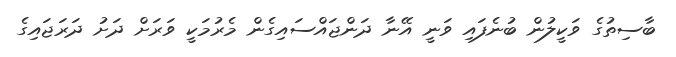
ބާސިތުގެ ވަކީލުން ބުނެފައި ވަނީ އޭނާ ދަންޖައްސައިގެން މެރުމަކީ ވަރަށް ދަށު ދަރަޖައިގެ